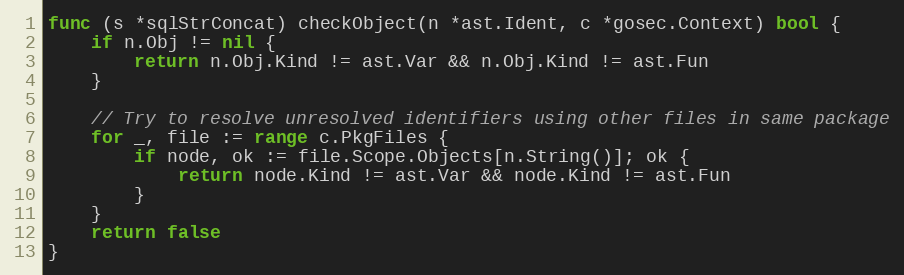
Language: Go
func (s *sqlStrConcat) checkObject(n *ast.Ident, c *gosec.Context) bool {
	if n.Obj != nil {
		return n.Obj.Kind != ast.Var && n.Obj.Kind != ast.Fun
	}

	// Try to resolve unresolved identifiers using other files in same package
	for _, file := range c.PkgFiles {
		if node, ok := file.Scope.Objects[n.String()]; ok {
			return node.Kind != ast.Var && node.Kind != ast.Fun
		}
	}
	return false
}